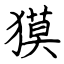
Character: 獏